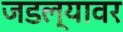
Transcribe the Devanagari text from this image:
जडल्यावर